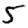
Digit: 5